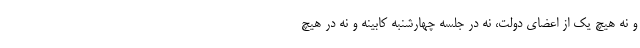
و نه هیچ یک از اعضای دولت، نه در جلسه چهارشنبه کابینه و نه در هیچ